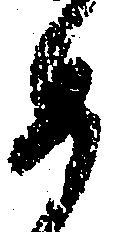
如